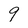
Character: 9